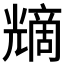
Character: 𠒿